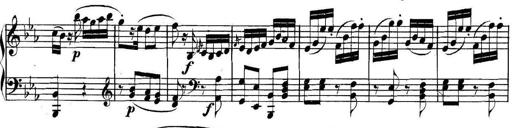
Title: Collected Piano Sonatas
Composer: Muzio Clementi